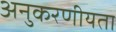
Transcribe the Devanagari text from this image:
अनुकरणीयता